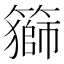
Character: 𥵍